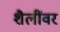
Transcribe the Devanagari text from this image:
शैलींवर